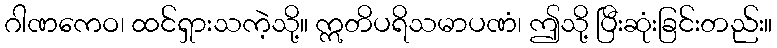
ဂါဏကေဝ၊ ထင်ရှားသကဲ့သို့။ ဣတိပရိသမာပဏံ၊ ဤသို့ ပြီးဆုံးခြင်းတည်း။